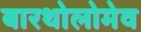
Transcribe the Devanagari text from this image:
बारथोलोमेव